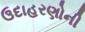
ઉદાહરણોની